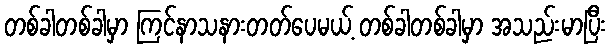
တစ်ခါတစ်ခါမှာ ကြင်နာသနားတတ်ပေမယ့် တစ်ခါတစ်ခါမှာ အသည်းမာပြီး